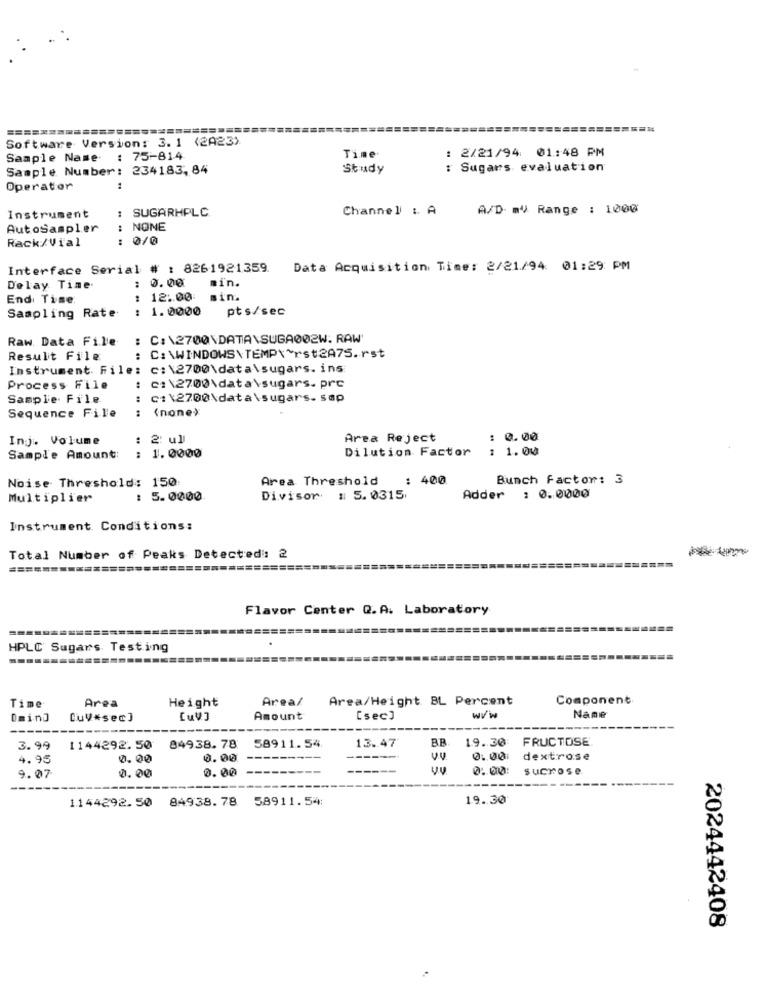
==========
======
===================
Software Version: 3. 1 (2A23)
: 2/21/94: 01:48 PM
Sample Name : 75-814
Time
Sample Number: 234183,84
Study
: Sugars evaluation
Operator
1
: SUGARHPLC
Channel : A
A/D mV Range : 1000
Instrument
AutoSampler
..
NONE
Rack/Vial
:
010
Interface Serial
# : 8261921359.
Data Acquisition Time: 2/21/94: 01:29 PM
0.00
min.
Delay Time
End Time:
: 12:00
sin.
Sampling Rate
: 1.0000
pts/sec
Raw Data File
: C: \2700\DATA\SUGA002W. RAW'
Result File
: C: \WINDOWS\ TEMP\*rst2A75.rst
Instrument File: c:\2700\data\sugars. ins
Process File
..
C:\2700\data\sugars. prc
Sample. File
C:\2700\data\sugars.sap
(none}
Sequence Fille
Inj. Volume
: 2: ul
Area Reject
: 0.00
1.0000
Dilution Factor
: 1.00
Sample Amount:
Noise Threshold: 150
Area Threshold
: 400
Bunch factor: 3
Multiplier
: 5.0000
Divisor : 5.0315
Adder : 0.0000
Instrument Conditions:
Total Number of Peaks Detected: 2
====
Flavor Center Q.A. Laboratory
HPLC Sugars Testing
Height
Area/
Area/Height BL Percent
Component
Time
Area
Dmind
CuV#sec]
[uV]
Amount
[sec]
WVw
Name
---
13.47
BR.
19.30
FRUCTOSE
3.99
1144292.50
84938.78
58911.54
4.95
0. 00
0.00
0.00
dextrose
0.00
0:0:
sucrose
9.07
0.00
1144292.50 84938.78 58911.54:
19.30
2024442408